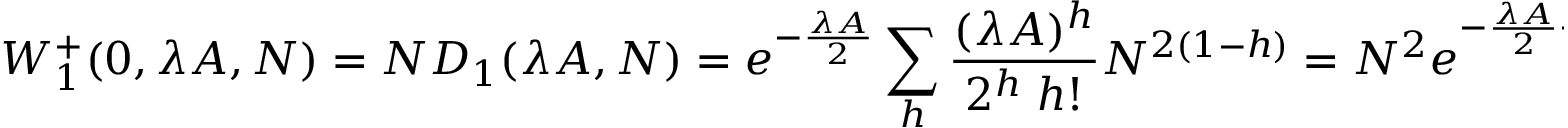
W _ { 1 } ^ { + } ( 0 , \lambda A , N ) = N D _ { 1 } ( \lambda A , N ) = e ^ { - \frac { \lambda A } { 2 } } \sum _ { h } \frac { ( \lambda A ) ^ { h } } { 2 ^ { h } \; h ! } N ^ { 2 ( 1 - h ) } = N ^ { 2 } e ^ { - \frac { \lambda A } { 2 } + \frac { \lambda A } { 2 N ^ { 2 } } } ,